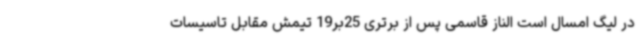
در لیگ امسال است الناز قاسمی پس از برتری 25بر19 تیمش مقابل تاسیسات